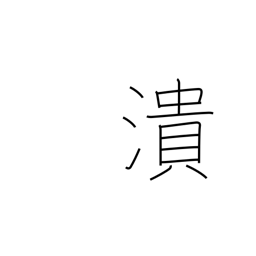
Meaning: crush